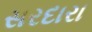
સરદારા